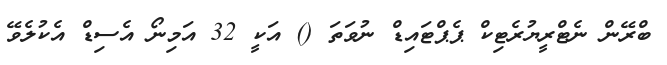
ބްރޭން ނެޓްރީޔުރެޓިކް ޕެޕްޓައިޑް ނުވަތަ () އަކީ 32 އަމިނޯ އެސިޑް އެެކުލެވޭ